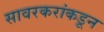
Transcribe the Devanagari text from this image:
सावरकरांकडून